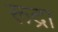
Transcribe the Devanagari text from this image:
रूद्रा